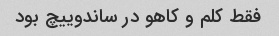
فقط کلم و کاهو در ساندوییچ بود